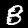
Digit: 8